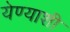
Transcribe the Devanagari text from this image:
येण्याशी